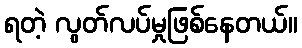
ရတဲ့ လွတ်လပ်မှုဖြစ်နေတယ်။